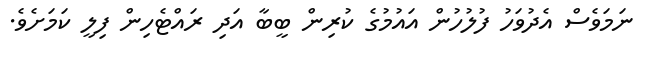
ނަމަވެސް އެދުވަހު ފުލުހުން އައުމުގެ ކުރިން ބީބާ އަދި ރައްޓެހިން ފިލީ ކަމަށެވެ.